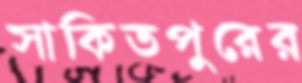
সাকিতপুরের